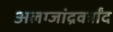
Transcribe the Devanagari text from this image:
अलग्जांद्रवर्त्रांद